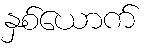
နှစ်ယောက်